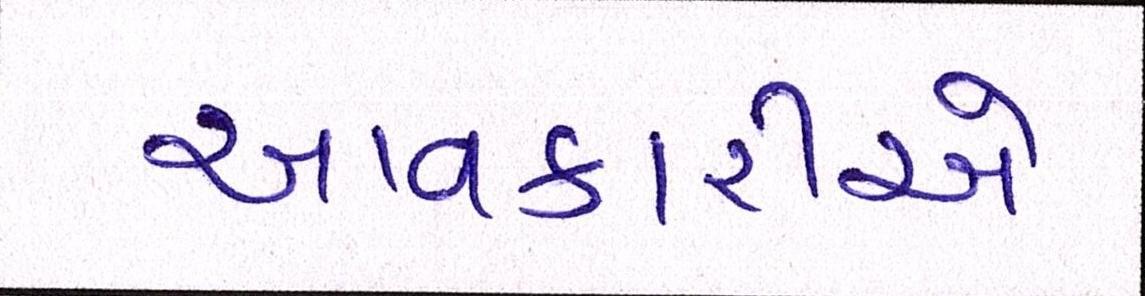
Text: આવકારીએ